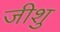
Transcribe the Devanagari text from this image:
जीशु